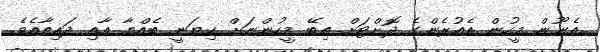
އެނޫން މީހުން އެއުރެންގެ ދޮށްޓަށް ތިބޭ މީހުންނަށް ކިޔަނީ ބެއްޔާ އާއި ދައިތާއެވެ.